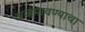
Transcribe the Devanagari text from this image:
अजमावण्याचा